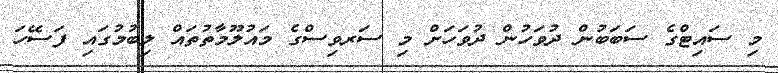
މި ސައިޓްގެ ސަބަބުން ދުވަހުން ދުވަހަށް މި ސަރވިސްގެ މައުލޫމާތުތައް ލިބުމުގައި ފަސޭހަ